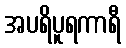
အပရိပူရကာရီ